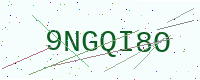
Text: 9NGQI8O